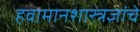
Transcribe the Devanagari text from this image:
हवामानशास्त्रज्ञांचे